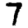
Digit: 7